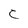
Character: c